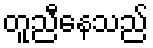
တူညီနေသည်